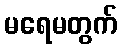
မရေမတွက်